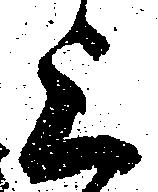
上